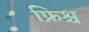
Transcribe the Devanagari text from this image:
फ्रिश्च